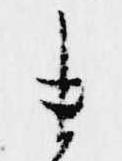
ま